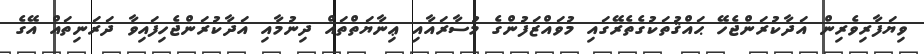
ވިޔަފާރިވެރިން އަދާކުރަންޖެހޭ ޙައްޤުތަކުގެތެރޭގައި މުވައްޒަފުންގެ މުސާރައާއި ޢިނާޔަތްތައް ދިނުމާއި އަދާކުރަންޖެހިފައިވާ ދަރަނިތައް އޭގެ